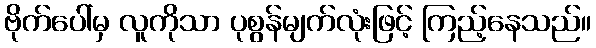
ဗိုက်ပေါ်မှ လူကိုသာ ပုစွန်မျက်လုံးဖြင့် ကြည့်နေသည်။